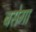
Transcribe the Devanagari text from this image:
बसेगा